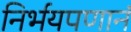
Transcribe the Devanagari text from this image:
निर्भयपणानं